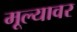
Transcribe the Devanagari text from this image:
मूल्यावर